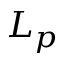
L _ { p }